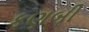
કણબી